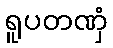
ရူပတဏှံ